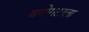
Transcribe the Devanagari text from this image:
वयोगटाला